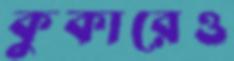
কুকারেও